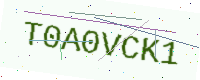
Text: T0A0VCK1